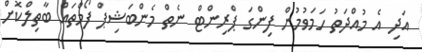
އަދި އެ މުއްދަތު ހަމަވުމުން ފިންގަ ޕްރިންޓް ނެތް މެންބަޝިޕް ފޯމްތައް ބާތިލްކޮށް